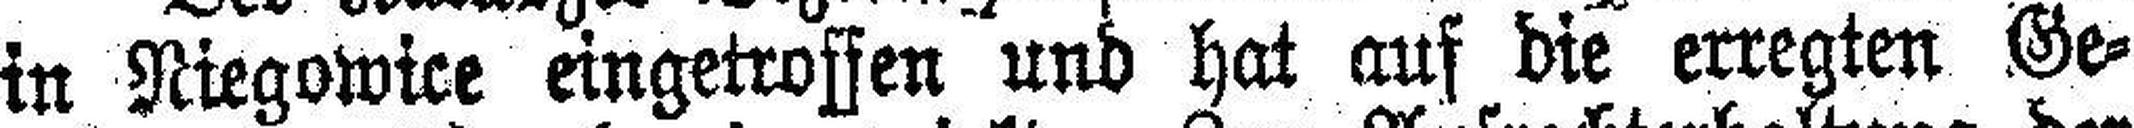
in Niegowice eingetroffen und hat auf die erregten Ge¬